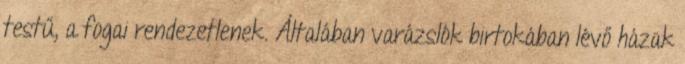
testű, a fogai rendezetlenek. Általában varázslók birtokában lévő házak